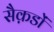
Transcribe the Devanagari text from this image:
सैक़डों